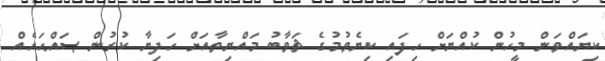
ކިޔައްވަން މީހުން ކުއްޔަށް ހިފައި ކިޔެވުމުގެ ޘަވާބު މައްޔިތާއަށް ހަދިޔާ ކުރުން ޞައްޙައެއް